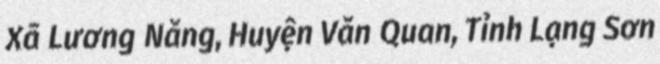
Xã Lương Năng, Huyện Văn Quan, Tỉnh Lạng Sơn